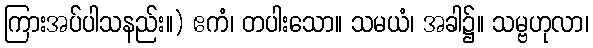
ကြားအပ်ပါသနည်း။) ဧကံ၊ တပါးသော။ သမယံ၊ အခါ၌။ သမ္ဗဟုလာ၊